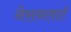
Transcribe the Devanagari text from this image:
नेसनलार्ट